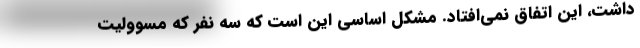
داشت، این اتفاق نمی‌افتاد. مشکل اساسی این است که سه نفر که مسوولیت